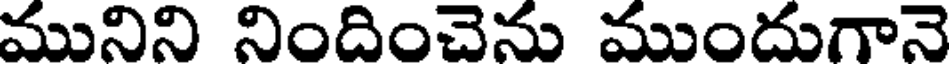
మునిని నిందించెను ముందుగానె